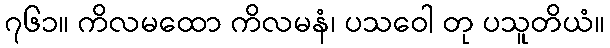
၇၆၁။ ကိလမထော ကိလမနံ၊ ပသဝေါ တု ပသူတိယံ။